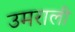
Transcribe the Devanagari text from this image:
उमराली